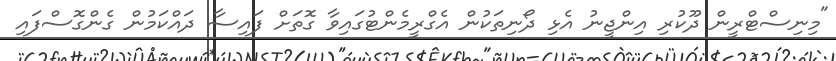
"މިނިސްޓްރީން ދޫކުރި އިންޖީނު އެޅި ދޯނިތަކުން އެގްރީމެންޓުގައިވާ ގޮތަށް ފައިސާ ދައްކަމުން ގެންގޮސްފައި